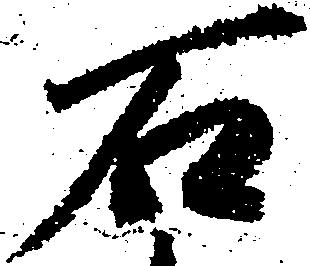
石